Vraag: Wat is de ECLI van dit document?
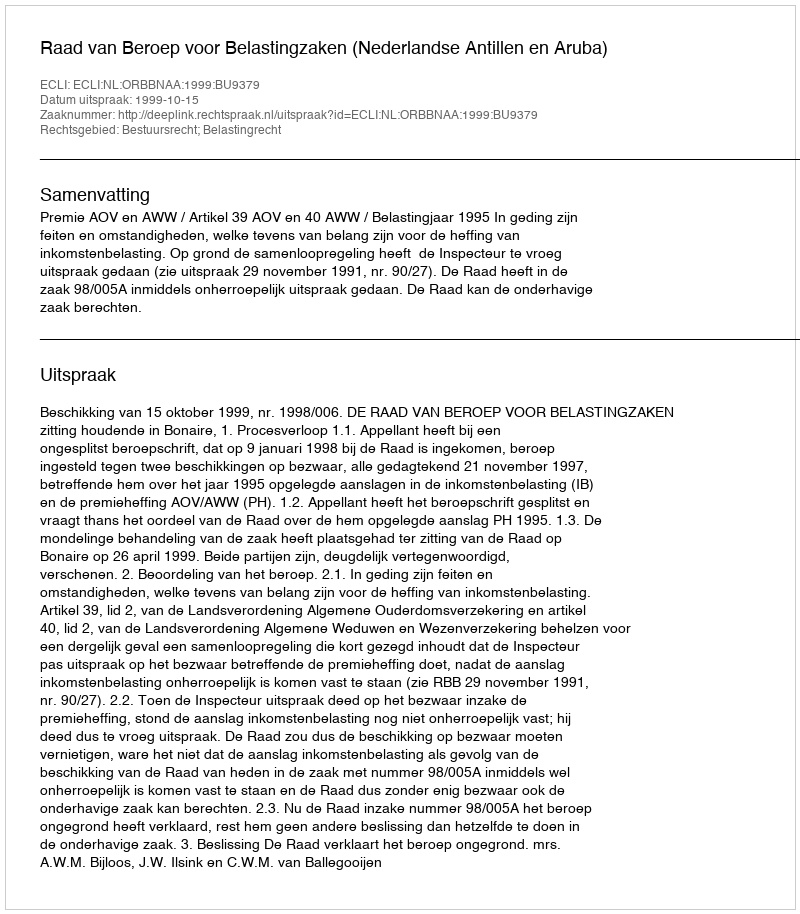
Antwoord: ECLI:NL:ORBBNAA:1999:BU9379